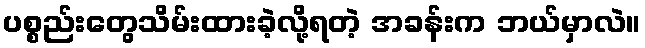
ပစ္စည်းတွေသိမ်းထားခဲ့လို့ရတဲ့ အခန်းက ဘယ်မှာလဲ။